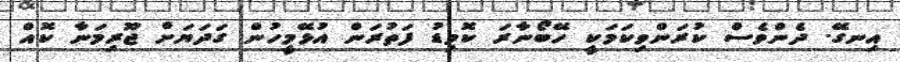
އިނގޭ. ދެންވެސް ކުރަންވިކަމަކީ ހޭބޯނާރަ ކޮވިޑު ފަތުރަން އުޅޭމީހުން ގަދަޔަށް ޖޫރިމަނާ ކޮއް